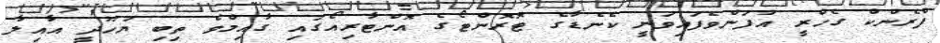
ފްރެންކް ގެހްރީ އުފަންވެފައިވަނީ ކެނެޑާގެ ޓޮރޮންޓޯގެ އޮންޓާރިއޯގައި ގާއިމްވެ ތިބި ޔަހޫދީ އާއިލާ